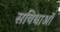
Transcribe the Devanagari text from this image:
सविधाओं